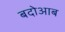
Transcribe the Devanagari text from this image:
बदोआब